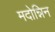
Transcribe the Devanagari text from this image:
मदोन्निन